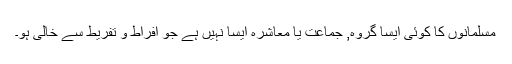
مسلمانوں کا کوئی ایسا گروہ, جماعت یا معاشرہ ایسا نہیں ہے جو افراط و تفریط سے خالی ہو۔